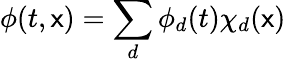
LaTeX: \phi(t,\mathsf{x})=\sum_{d}\phi_{d}(t)\chi_{d}(\mathsf{x})